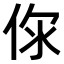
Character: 𠉎